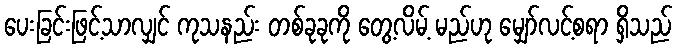
ပေးခြင်းဖြင့်သာလျှင် ကုသနည်း တစ်ခုခုကို တွေ့လိမ့် မည်ဟု မျှော်လင့်စရာ ရှိသည်